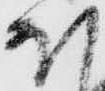
ほ